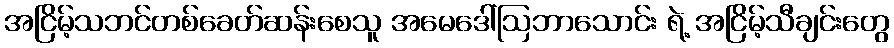
အငြိမ့်သဘင်တစ်ခေတ်ဆန်းစေသူ အမေဒေါ်ဩဘာသောင်း ရဲ့ အငြိမ့်သီချင်းတွေ